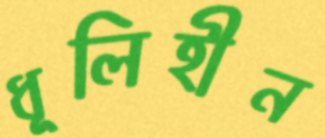
ধূলিহীন